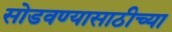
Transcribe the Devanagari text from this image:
सोडवण्यासाठीच्या